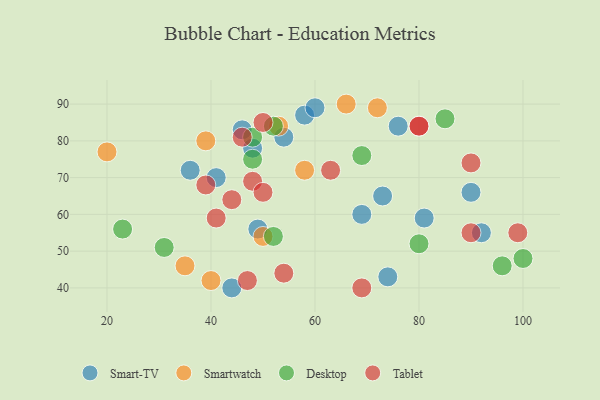
{"axis": {"x": "GDP", "y": "Life Expectancy"}, "legend": ["Desktop", "Smart-TV", "Smartwatch", "Tablet"], "data": [{"x": "44", "y": 40, "type": "Smart-TV"}, {"x": "41", "y": 70, "type": "Smart-TV"}, {"x": "73", "y": 65, "type": "Smart-TV"}, {"x": "49", "y": 56, "type": "Smart-TV"}, {"x": "58", "y": 87, "type": "Smart-TV"}, {"x": "69", "y": 60, "type": "Smart-TV"}, {"x": "36", "y": 72, "type": "Smart-TV"}, {"x": "48", "y": 78, "type": "Smart-TV"}, {"x": "92", "y": 55, "type": "Smart-TV"}, {"x": "60", "y": 89, "type": "Smart-TV"}, {"x": "46", "y": 83, "type": "Smart-TV"}, {"x": "54", "y": 81, "type": "Smart-TV"}, {"x": "74", "y": 43, "type": "Smart-TV"}, {"x": "81", "y": 59, "type": "Smart-TV"}, {"x": "90", "y": 66, "type": "Smart-TV"}, {"x": "76", "y": 84, "type": "Smart-TV"}, {"x": "20", "y": 77, "type": "Smartwatch"}, {"x": "35", "y": 46, "type": "Smartwatch"}, {"x": "40", "y": 42, "type": "Smartwatch"}, {"x": "72", "y": 89, "type": "Smartwatch"}, {"x": "50", "y": 54, "type": "Smartwatch"}, {"x": "66", "y": 90, "type": "Smartwatch"}, {"x": "39", "y": 80, "type": "Smartwatch"}, {"x": "58", "y": 72, "type": "Smartwatch"}, {"x": "53", "y": 84, "type": "Smartwatch"}, {"x": "52", "y": 84, "type": "Desktop"}, {"x": "96", "y": 46, "type": "Desktop"}, {"x": "52", "y": 54, "type": "Desktop"}, {"x": "48", "y": 81, "type": "Desktop"}, {"x": "48", "y": 75, "type": "Desktop"}, {"x": "23", "y": 56, "type": "Desktop"}, {"x": "69", "y": 76, "type": "Desktop"}, {"x": "85", "y": 86, "type": "Desktop"}, {"x": "80", "y": 52, "type": "Desktop"}, {"x": "100", "y": 48, "type": "Desktop"}, {"x": "31", "y": 51, "type": "Desktop"}, {"x": "39", "y": 68, "type": "Tablet"}, {"x": "63", "y": 72, "type": "Tablet"}, {"x": "48", "y": 69, "type": "Tablet"}, {"x": "41", "y": 59, "type": "Tablet"}, {"x": "69", "y": 40, "type": "Tablet"}, {"x": "80", "y": 84, "type": "Tablet"}, {"x": "90", "y": 74, "type": "Tablet"}, {"x": "90", "y": 55, "type": "Tablet"}, {"x": "47", "y": 42, "type": "Tablet"}, {"x": "80", "y": 84, "type": "Tablet"}, {"x": "44", "y": 64, "type": "Tablet"}, {"x": "54", "y": 44, "type": "Tablet"}, {"x": "99", "y": 55, "type": "Tablet"}, {"x": "50", "y": 85, "type": "Tablet"}, {"x": "46", "y": 81, "type": "Tablet"}, {"x": "50", "y": 66, "type": "Tablet"}]}